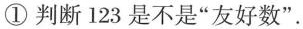
① 判断 123 是不是“友好数”.